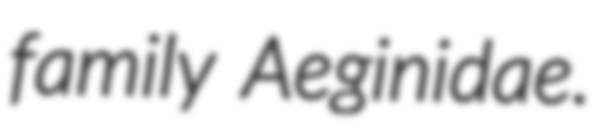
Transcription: family Aeginidae.